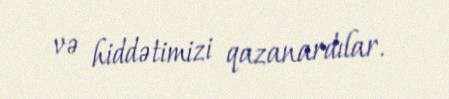
və hiddətimizi qazanardılar.